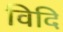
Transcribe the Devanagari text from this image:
विदि